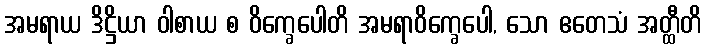
အမရာယ ဒိဋ္ဌိယာ ဝါစာယ စ ဝိက္ခေပေါတိ အမရာဝိက္ခေပေါ, သော ဧတေသံ အတ္ထီတိ